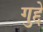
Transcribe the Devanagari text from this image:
गुद्दे